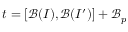
\begin{array} { r } { t = [ \mathcal { B } ( { I } ) , \mathcal { B } ( I ^ { \prime } ) ] + \mathcal { B } _ { p } } \end{array}